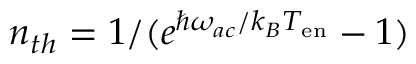
n _ { t h } = 1 / ( e ^ { \hbar \omega _ { a c } / k _ { B } T _ { \mathrm { e n } } } - 1 )